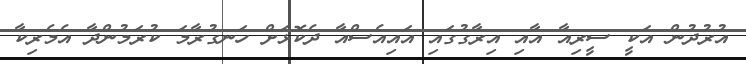
އުރުދުން އަކީ ސީރިއާ އާއި އިރާގުގައި އައިއެސްއާ ދެކޮޅަށް ހަނގުރާމަ ކުރަމުންދާ އެމެރިކާ